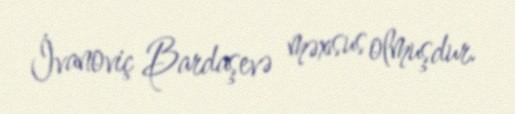
İvanoviç Bardaşevə məxsus olmuşdur.